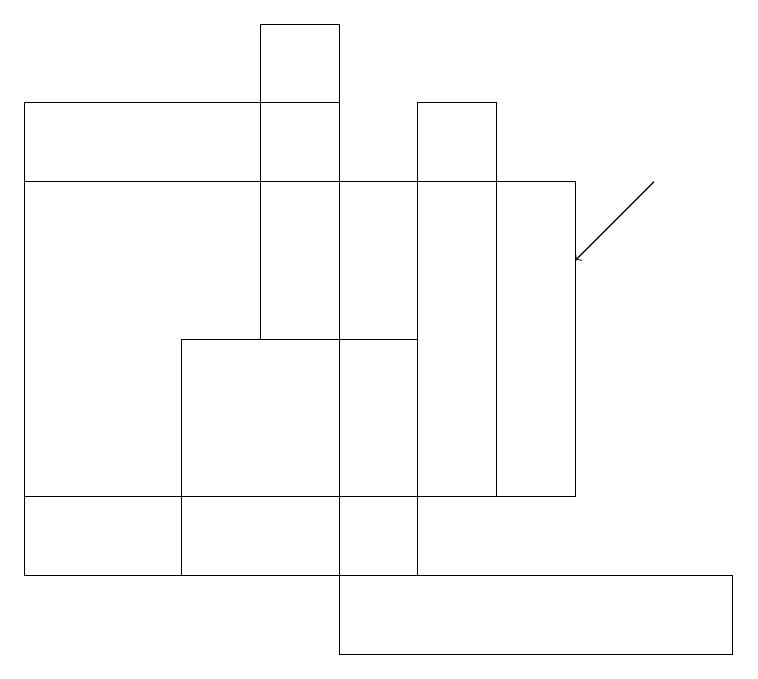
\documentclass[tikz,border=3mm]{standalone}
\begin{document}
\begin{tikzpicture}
\draw (9,11) rectangle (4,12);
\draw (0,13) rectangle (7,17);
\draw (4,19) rectangle (3,15);
\draw (0,18) rectangle (4,12);
\draw (2,12) rectangle (5,15);
\draw[->] (8,17) -- (7,16);
\draw (5,18) rectangle (6,13);
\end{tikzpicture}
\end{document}